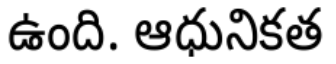
ఉంది. ఆధునికత